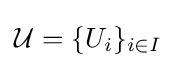
{\mathcal {U}}=\{U_{i}\}_{i\in I}